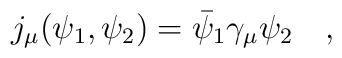
j_\mu(\psi_1,\psi_2)=\bar{\psi}_1 \gamma_\mu\psi_2~~~,